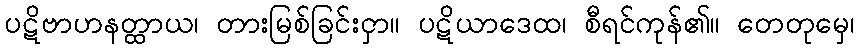
ပဋိဗာဟနတ္ထာယ၊ တားမြစ်ခြင်းငှာ။ ပဋိယာဒေထ၊ စီရင်ကုန်၏။ တေတုမှေ၊